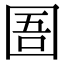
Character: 圄